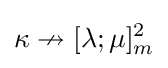
\kappa \nrightarrow [\lambda ;\mu ]_{m}^{2}